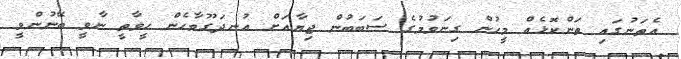
އެތަނުގައި ތަންކޮޅެއް މީހުން ގިނަވުމުގެ ސަބަބުން ޖިޔާއަށް އުނދަގޫވާހެން ހީވާތީ ނާވީ ބޭނުންވީ